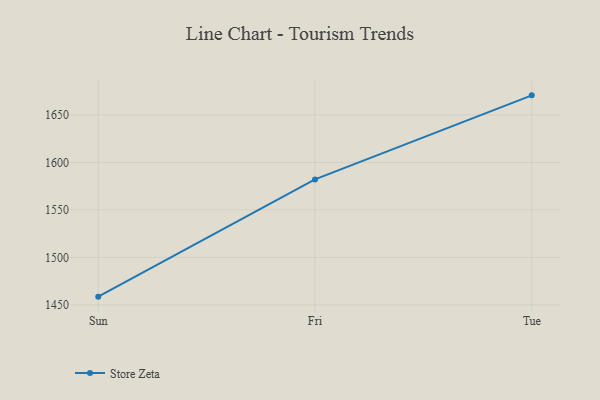
{"axis": {"x": "Day", "y": "Conversion Rate (%)"}, "legend": ["Store Zeta"], "data": [{"x": "Sun", "y": 1458.7, "type": "Store Zeta"}, {"x": "Fri", "y": 1582.1, "type": "Store Zeta"}, {"x": "Tue", "y": 1670.6, "type": "Store Zeta"}]}